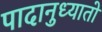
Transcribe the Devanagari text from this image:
पादानुध्यातो